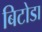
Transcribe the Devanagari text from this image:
बिटोडा